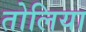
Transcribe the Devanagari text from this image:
तोलिया